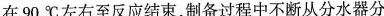
在90^{\circ}C左右至反应结束，制备过程中不断从分水器分